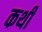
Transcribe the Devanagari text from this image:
कर्थी